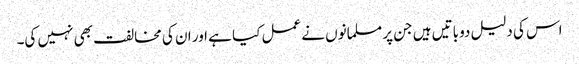
اس کی دلیل دو باتیں ہیں جن پر مسلمانوں نے عمل کیا ہے اور ان کی مخالفت بھی نہیں کی۔